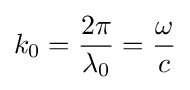
k_{0}={\frac {2\pi }{\lambda _{0}}}={\frac {\omega }{c}}